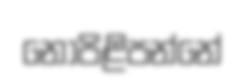
නොපිළිපන්නේ